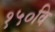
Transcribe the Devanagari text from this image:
१५०वि